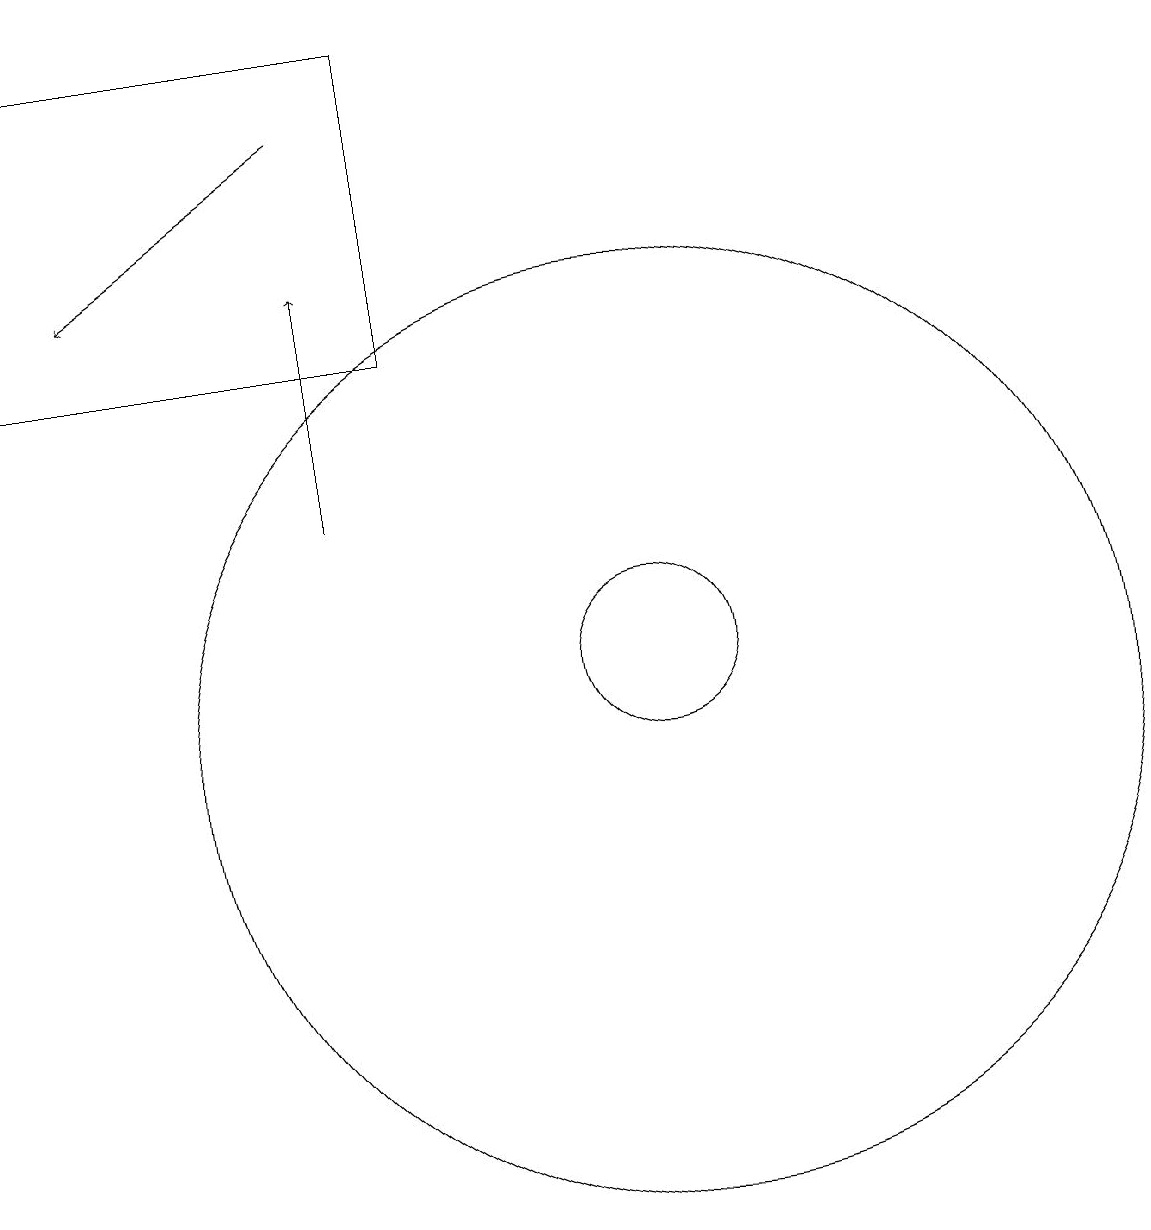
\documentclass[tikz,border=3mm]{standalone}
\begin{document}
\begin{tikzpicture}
\draw[->] (6,18) -- (3,16);
\draw (10,11) circle (1);
\draw (10,10) circle (6);
\draw (7,15) rectangle (2,19);
\draw[->] (6,13) -- (6,16);
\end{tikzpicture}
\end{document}